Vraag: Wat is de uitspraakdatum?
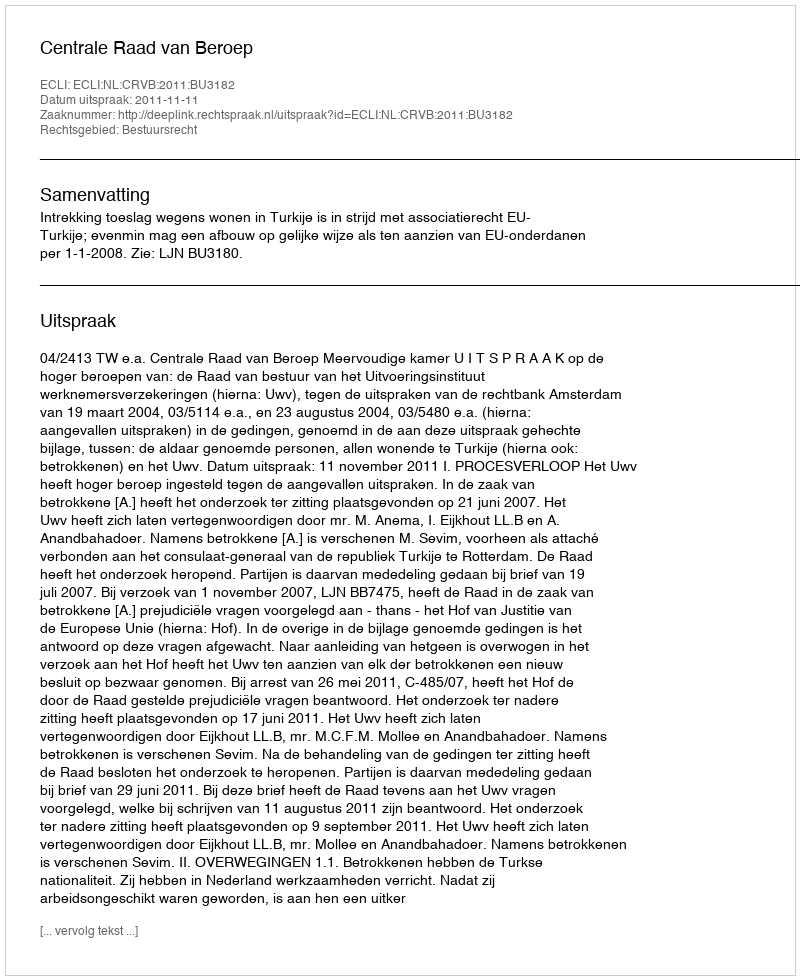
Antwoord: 2011-11-11